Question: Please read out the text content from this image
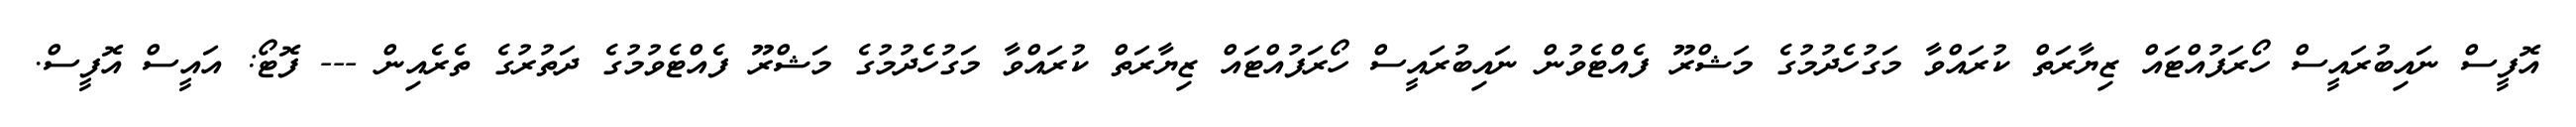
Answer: އޮފީސް ނައިބުރައީސް ހޯރަފުއްޓައް ޒިޔާރަތް ކުރައްވާ މަގުހެދުމުގެ މަޝްރޫ ފެއްޓެވުން ނައިބުރައީސް ހޯރަފުއްޓައް ޒިޔާރަތް ކުރައްވާ މަގުހެދުމުގެ މަޝްރޫ ފެއްޓެވުމުގެ ދަތުރުގެ ތެރެއިން --- ފޮޓޯ: އައީސް އޮފީސް.